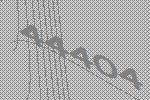
44404